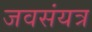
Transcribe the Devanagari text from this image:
जवसंयत्र